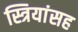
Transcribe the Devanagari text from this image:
स्त्रियांसह